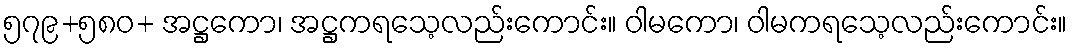
၅၇၉+၅၈၀+ အဋ္ဌကော၊ အဋ္ဌကရသေ့လည်းကောင်း။ ဝါမကော၊ ဝါမကရသေ့လည်းကောင်း။